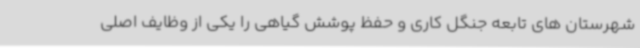
شهرستان های تابعه جنگل کاری و حفظ پوشش گیاهی را یکی از وظایف اصلی